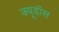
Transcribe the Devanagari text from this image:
क्यूडॉस